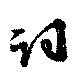
詞